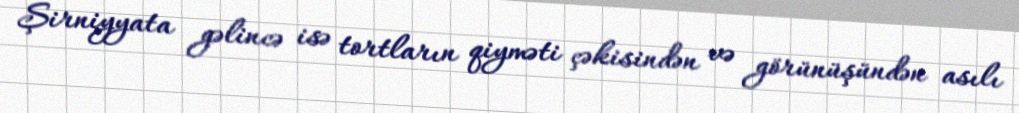
Şirniyyata gəlincə isə tortların qiyməti çəkisindən və görünüşündən asılı